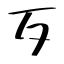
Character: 歹